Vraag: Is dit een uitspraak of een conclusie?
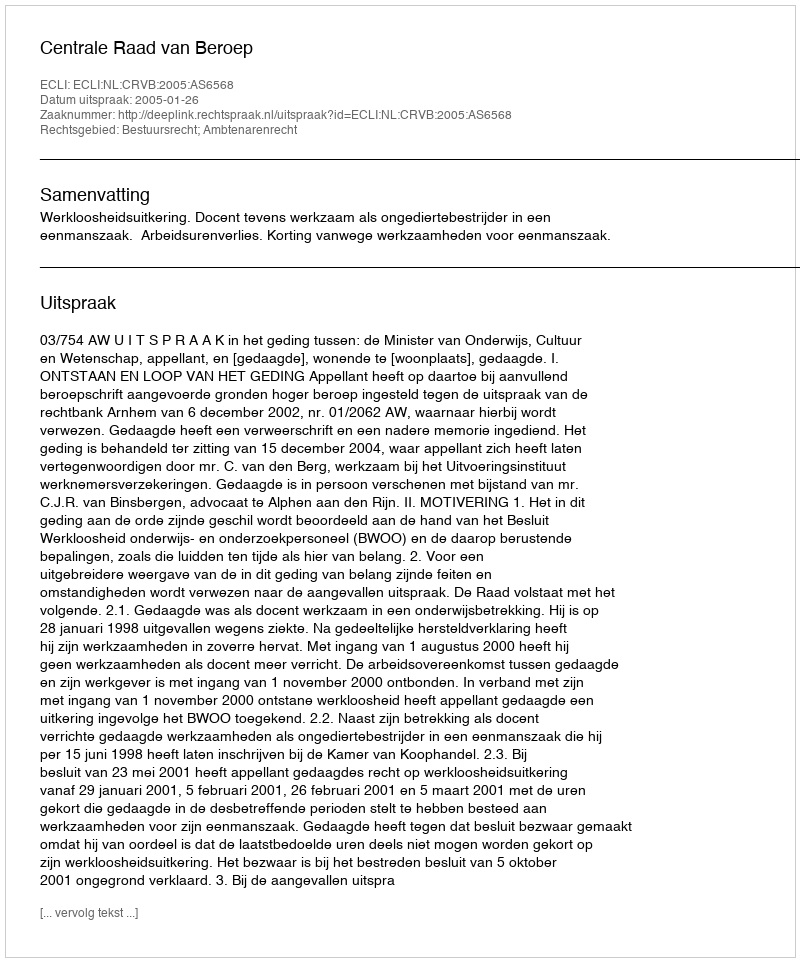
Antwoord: Uitspraak